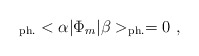
\begin{align*}_{{\rm ph.}}<\alpha | \Phi_{m} | \beta >_{{\rm ph.}} = 0~,\end{align*}